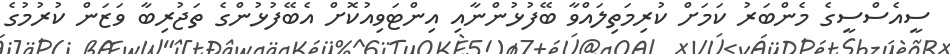
ސީއެސްސީގެ މެންބަރު ކަމަށް ކުރިމަތިލައްވާ ބޭފުޅުންނާއި އިންޓަވިއުކޮށް އެބޭފުޅުންގެ ތަޖުރިބާ ވަޒަން ކުރުމުގެ